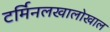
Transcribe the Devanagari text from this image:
टर्मिनलखालोखाल